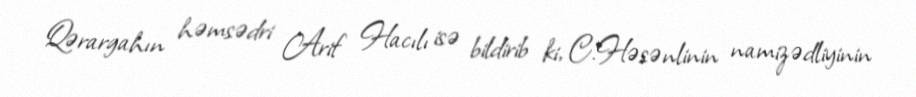
Qərargahın həmsədri Arif Hacılı isə bildirib ki, C.Həsənlinin namizədliyinin